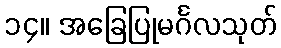
၁၄။ အခြေပြုမင်္ဂလသုတ်